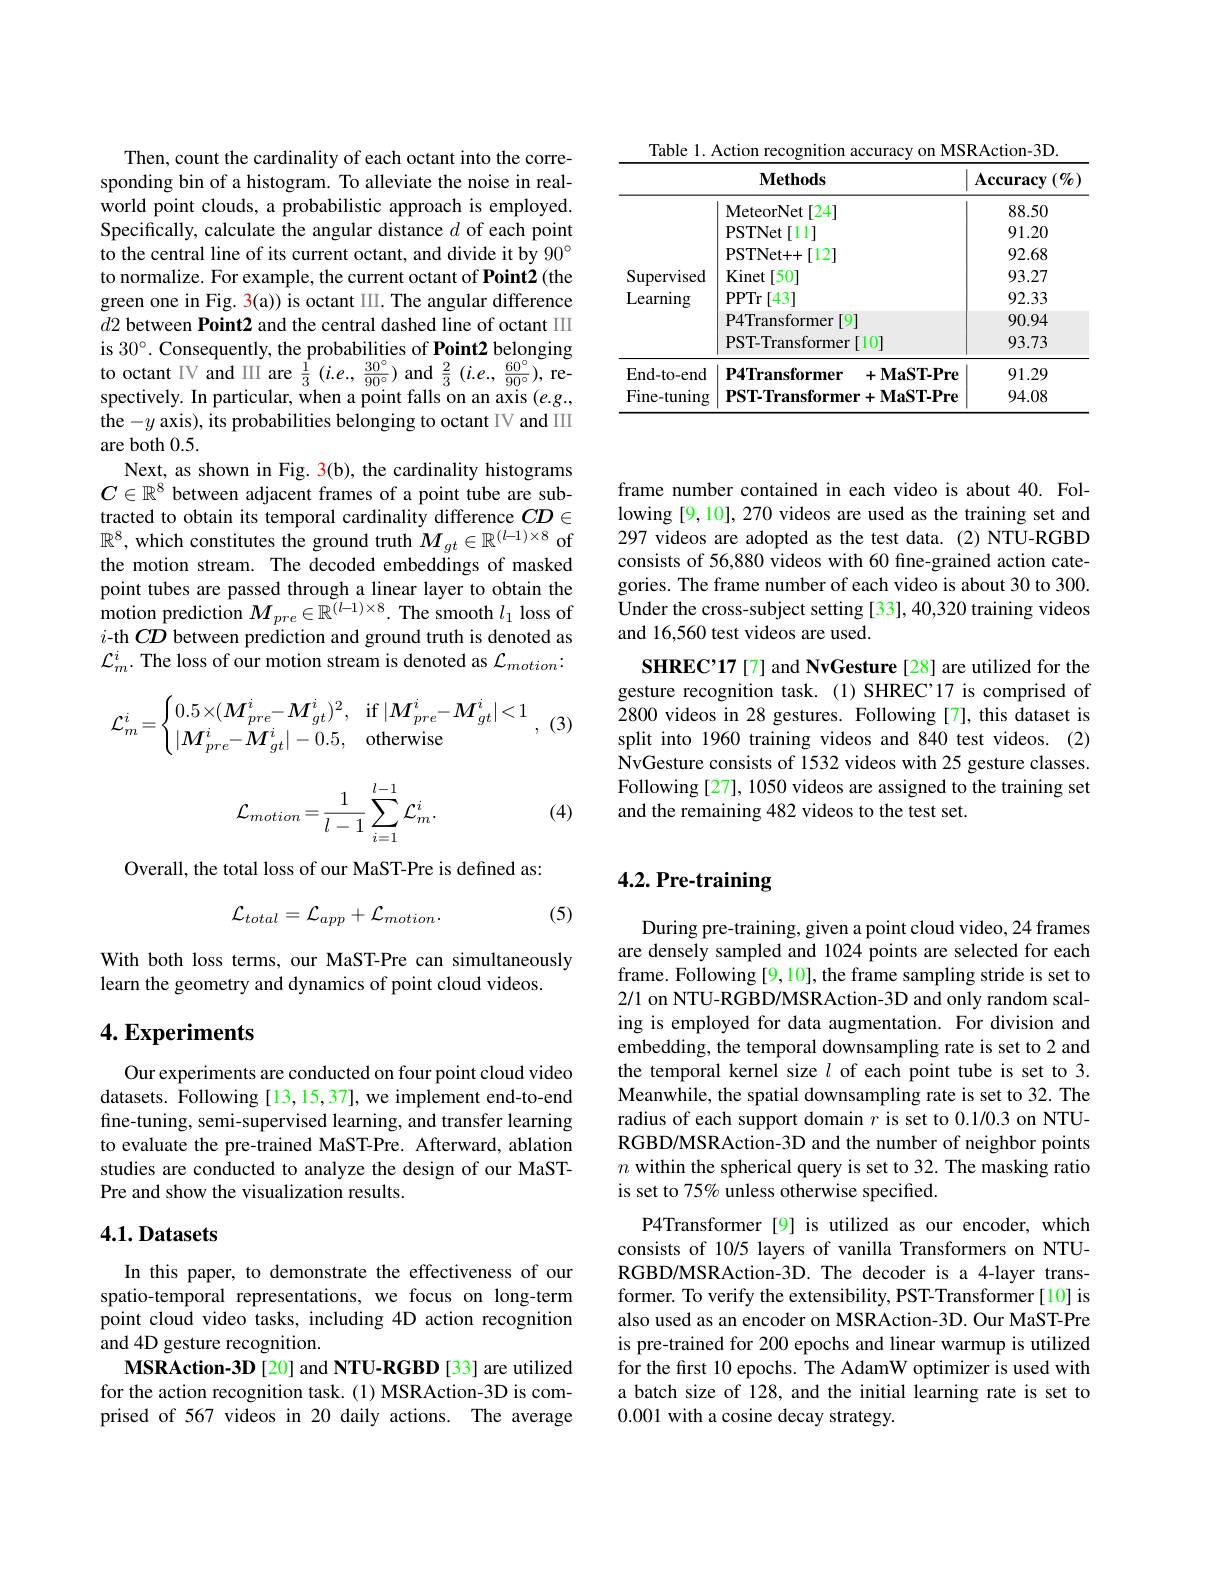
Table 1. Action recognition accuracy on MSRAction-3D
<table>
	<tbody>
		<tr>
			<th> </th>
			<th>$\mathbf{Methods}$</th>
			<th>Accuracy $(\%)$</th>
		</tr>
		<tr>
			<td> </td>
			<td>MeteorNet [ 24] </td>
			<td>88.50</td>
		</tr>
		<tr>
			<td> </td>
			<td>PSTNet[11]</td>
			<td>91.20</td>
		</tr>
		<tr>
			<td> </td>
			<td>PSTNet+ +[12]</td>
			<td>92.68</td>
		</tr>
		<tr>
			<td>Supervised</td>
			<td>Kinet [50]</td>
			<td>93.27</td>
		</tr>
		<tr>
			<td>Learning</td>
			<td>PPTr$\left [ 43\right ]$</td>
			<td>92.33</td>
		</tr>
		<tr>
			<td> </td>
			<td>P4Transformer $\lceil9\rceil$</td>
			<td>90.94</td>
		</tr>
		<tr>
			<td> </td>
			<td>PST-Transformer[10]</td>
			<td>93.73</td>
		</tr>
		<tr>
			<td>End-to-end</td>
			<td>P4Transformer $+\mathbf{MaST-Pre}$</td>
			<td>91.29</td>
		</tr>
		<tr>
			<td>Fine-tuning</td>
			<td>$\mathbf{PST-Transformer+MaST-Pre}$</td>
			<td>94.08</td>
		</tr>
	</tbody>
</table>

Then, count the cardinality of each octant into the corresponding bin of a histogram. To alleviate the noise in realworld point clouds, a probabilistic approach is employed. Specifically, calculate the angular distance $d$ of each point to the central line of its current octant, and divide it by 90° to normalize. For example, the current octant of Point2 (the green one in Fig. 3(a)) is octant III. The angular difference $d2$ between Point2 and the central dashed line of octant III is 30°. Consequently, the probabilities of Point2 belonging to octant IV and III are $\frac 13\left ( i. e. , \frac {30^{\circ }}{90^{\circ }}\right )$ and $\frac 23\left ( i. e. , \frac {60^{\circ }}{90^{\circ }}\right ) $, re- spectively. In particular, when a point falls on an axis $( e. g. $, the $-y$ axis), its probabilities belonging to octant IV and III are both 0.5.
Next, as shown in Fig. 3(b), the cardinality histograms $C\in\mathbb{R}^8$ between adjacent frames of a point tube are subtracted to obtain its temporal cardinality difference $CD\in$ $\mathbb{R}^8$, which constitutes the ground truth $M_gt\in\mathbb{R}^(l-1)\times8$ of the motion stream. The decoded embeddings of masked point tubes are passed through a linear layer to obtain the ${\mathrm{motion~prediction~}}M_{pre}\in\mathbb{R}^{(l-1)\times8}.{\mathrm{~The~smooth~}}l_{1}$ loss of $i$-th $CD$ between prediction and ground truth is denoted as $\mathcal{L}_{m}^{i}.$ The loss of our motion stream is denoted as $\mathcal{L}_motion:$

(3)
$$\mathcal{L}_m^i=\begin{cases}0.5\times(\boldsymbol M_{pre}^i-\boldsymbol M_{gt}^i)^2,&\text{if}\:|\boldsymbol M_{pre}^i-\boldsymbol M_{gt}^i|<1\\|\boldsymbol M_{pre}^i-\boldsymbol M_{gt}^i|-0.5,&\text{otherwise}\end{cases},$$
$$\mathcal{L}_{motion}=\frac{1}{l-1}\sum_{i=1}^{l-1}\mathcal{L}_{m}^{i}.$$
(4)

Overall, the total loss of our MaST-Pre is defined as:
$$\mathcal{L}_{total}=\mathcal{L}_{app}+\mathcal{L}_{motion}.$$
(5)

With both loss terms, our MaST-Pre can simultaneously
learn the geometry and dynamics of point cloud videos.

## $4. \textbf{Experiments}$

Our experiments are conducted on four point cloud video datasets. Following[13,15,37], we implement end-to-end fine-tuning, semi-supervised learning, and transfer learning to evaluate the pre-trained MaST-Pre. Afterward, ablation studies are conducted to analyze the design of our MaSTPre and show the visualization results.

## 4.1. Datasets

In this paper, to demonstrate the effectiveness of our spatio-temporal representations, we focus on long-term point cloud video tasks, including 4D action recognition and 4D gesture recognition.
MSRAction-3D[20] and NTU-RGBD [33] are utilized for the action recognition task. (1) MSRAction-3D is comprised of 567 videos in 20 daily actions. The average

frame number contained in each video is about 40. Following [9,10], 270 videos are used as the training set and 297 videos are adopted as the test data. (2)NTU-RGBD consists of 56,880 videos with 60 fine-grained action categories. The frame number of each video is about 30 to 300. Under the cross-subject setting [33], 40,320 training videos and 16,560 test videos are used.
SHREC'17 [7] and NvGesture [28] are utilized for the gesture recognition task.(1) SHREC'17 is comprised of 2800 videos in 28 gestures. Following [7], this dataset is split into 1960 training videos and 840 test videos. (2) NvGesture consists of 1532 videos with 25 gesture classes. Following [27], 1050 videos are assigned to the training set and the remaining 482 videos to the test set.

# 4.2. Pre-training

During pre-training, given a point cloud video, 24 frames are densely sampled and 1024 points are selected for each frame. Following [9,10], the frame sampling stride is set to 2/1 on NTU-RGBD/MSRAction-3D and only random scaling is employed for data augmentation. For division and embedding, the temporal downsampling rate is set to 2 and the temporal kernel size $l$ of each point tube is set to 3. Meanwhile, the spatial downsampling rate is set to 32. The radius of each support domain $r$ is set to 0.1/0.3 on NTURGBD/MSRAction-3D and the number of neighbor points $n$ within the spherical query is set to 32. The masking ratio is set to 75% unless otherwise specified.
P4Transformer [9] is utilized as our encoder, which consists of 10/5 layers of vanilla Transformers on NTURGBD/MSRAction-3D. The decoder is a 4-layer transformer. To verify the extensibility, PST-Transformer[10] is also used as an encoder on MSRAction-3D. Our MaST-Pre is pre-trained for 200 epochs and linear warmup is utilized for the first 10 epochs. The AdamW optimizer is used with a batch size of 128, and the initial learning rate is set to 0.001 with a cosine decay strategy.